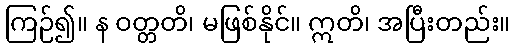
ကြဉ်၍။ န ဝတ္တတိ၊ မဖြစ်နိုင်။ ဣတိ၊ အပြီးတည်း။